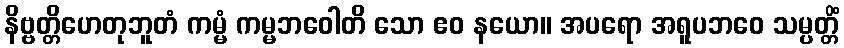
နိဗ္ဗတ္တိဟေတုဘူတံ ကမ္မံ ကမ္မဘဝေါတိ သော ဧဝ နယော။ အပရော အရူပဘဝေ သမ္ပတ္တိံ